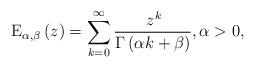
LaTeX: \begin{align*}\mathrm{E}_{\alpha ,\beta }\left( z\right) =\sum_{k=0}^{\infty }\frac{\,z^{k}}{\Gamma \left( \alpha k+\beta \right) },\alpha >0, \end{align*}